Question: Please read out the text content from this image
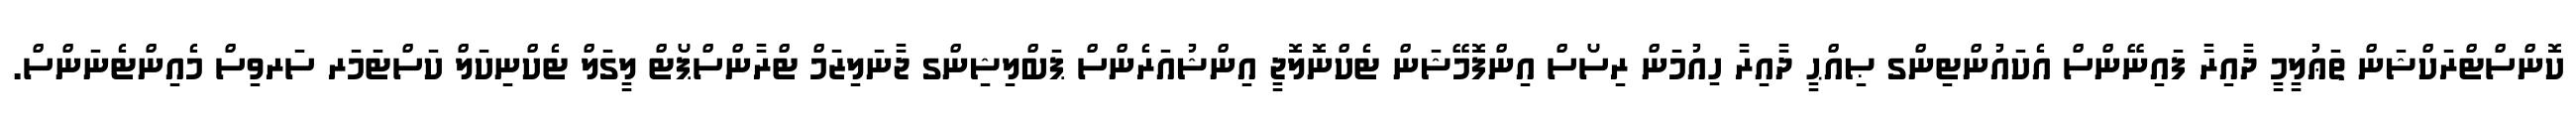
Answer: ކޮންސްޓްރަކްޝަން ތަޢުލީމީ ދާއިރާ ފައިނޭންސް އެކައުންޓިންގ ޞިއްޙީ ދާއިރާ ހިއުމަން ރިސޯސް އިންފޮމޭޝަން ޓެކްނޮލޮޖީ އިންޝުއަރެންސް ޕަބްލިޝިންގ ޖާނަލިޒަމް ޓްރާންސްޕޯޓް ލީގަލް ޓެކްނިކަލް ކަސްޓަމަރ ސަރވިސް މެއިންޓެނަންސް.